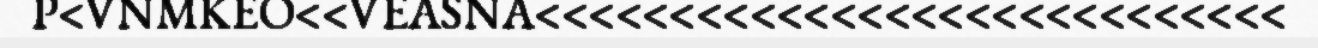
P<VNMKEO<<VEASNA<<<<<<<<<<<<<<<<<<<<<<<<<<<<